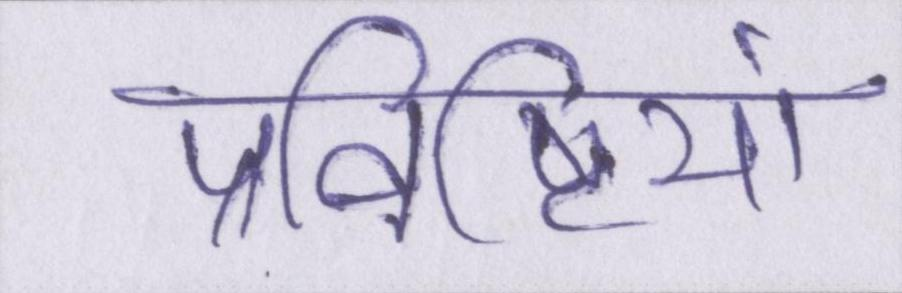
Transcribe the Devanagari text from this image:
प्रविष्टियां